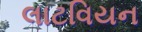
લાટવિયન